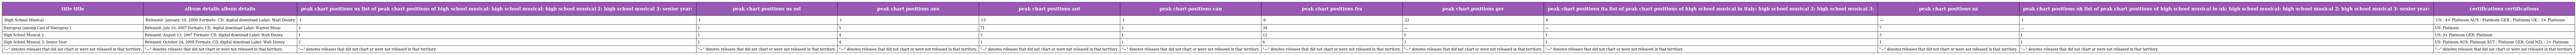
| title title | album details album details | peak chart positions us list of peak chart positions of high school musical: high school musical: high school musical 2: high school musical 3: senior year: | peak chart positions us ost | peak chart positions aus | peak chart positions aut | peak chart positions can | peak chart positions fra | peak chart positions ger | peak chart positions ita list of peak chart positions of high school musical in italy: high school musical 2: high school musical 3: | peak chart positions nz | peak chart positions uk list of peak chart positions of high school musical in uk: high school musical: high school musical 2: high school musical 3: senior year: | certifications certifications |
 | --- | --- | --- | --- | --- | --- | --- | --- | --- | --- | --- | --- | --- |
 | High School Musical | Released: January 10, 2006 Formats: CD, digital download Label: Walt Disney | 1 | 1 | 1 | 13 | 1 | 6 | 22 | 6 | — | 1 | US : 4× Platinum AUS : Platinum GER : Platinum UK : 3× Platinum |
 | Hairspray (among Cast of Hairspray ) | Released: July 10, 2007 Formats: CD, digital download Label: Warner Music | 2 | 1 | 5 | 71 | 2 | 34 | — | — | 7 | — | US: Platinum |
 | High School Musical 2 | Released: August 13, 2007 Formats: CD, digital download Label: Walt Disney | 1 | 1 | 4 | 2 | 1 | 12 | 5 | 1 | 3 | 1 | US: 3× Platinum GER: Platinum |
 | High School Musical 3: Senior Year | Released: October 24, 2008 Formats: CD, digital download Label: Walt Disney | 2 | 1 | 4 | 1 | 1 | 6 | 3 | 1 | 1 | 1 | US: Platinum AUS: Platinum AUT : Platinum GER: Gold NZL : 2× Platinum |
 | "—" denotes releases that did not chart or were not released in that territory. | "—" denotes releases that did not chart or were not released in that territory. | "—" denotes releases that did not chart or were not released in that territory. | "—" denotes releases that did not chart or were not released in that territory. | "—" denotes releases that did not chart or were not released in that territory. | "—" denotes releases that did not chart or were not released in that territory. | "—" denotes releases that did not chart or were not released in that territory. | "—" denotes releases that did not chart or were not released in that territory. | "—" denotes releases that did not chart or were not released in that territory. | "—" denotes releases that did not chart or were not released in that territory. | "—" denotes releases that did not chart or were not released in that territory. | "—" denotes releases that did not chart or were not released in that territory. | "—" denotes releases that did not chart or were not released in that territory. |